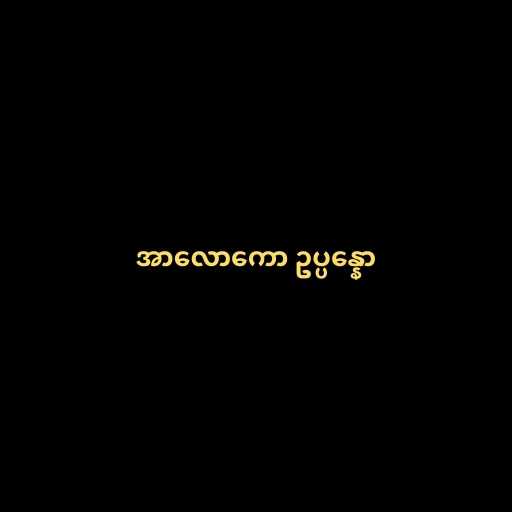
အာလောကော ဥပ္ပန္နော